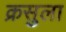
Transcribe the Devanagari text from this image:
क्रसुला